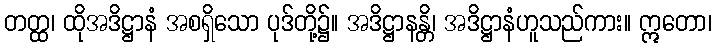
တတ္ထ၊ ထိုအဒိဋ္ဌာနံ အစရှိသော ပုဒ်တို့၌။ အဒိဋ္ဌာနန္တိ၊ အဒိဋ္ဌာနံဟူသည်ကား။ ဣတော၊